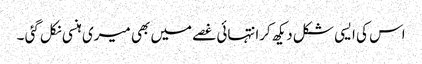
اس کی ایسی شکل دیکھ کرانتہائی غصے میں بھی میری ہنسی نکل گئی ۔